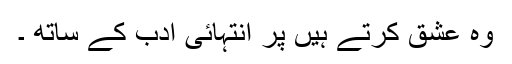
وہ عشق کرتے ہیں پر انتہائی ادب کے ساتھ ۔